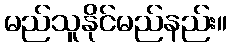
မည်သူနိုင်မည်နည်း။